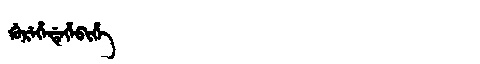
Manchu: ᡤᡠᡵᡝᡥᡝᡩᡝᡥᡝᠪᡳᡥᡝ
Romanization: GUREHEDEHEBIHE